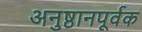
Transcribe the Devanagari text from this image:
अनुष्ठानपूर्वक